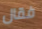
فقال